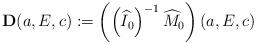
LaTeX: \begin{align*}{\bf D}(a,E,c):=\left(\left(\widehat{I}_0\right)^{-1}\widehat{M}_0\right)(a,E,c)\end{align*}